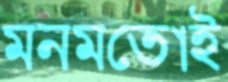
মনমতোই